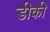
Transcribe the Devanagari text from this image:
डीकी